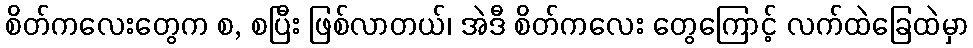
စိတ်ကလေးတွေက စ, စပြီး ဖြစ်လာတယ်၊ အဲဒီ စိတ်ကလေး တွေကြောင့် လက်ထဲခြေထဲမှာ